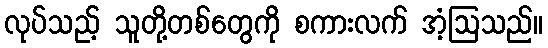
လုပ်သည့် သူတို့တစ်တွေကို စကားလက် အံ့ဩသည်။